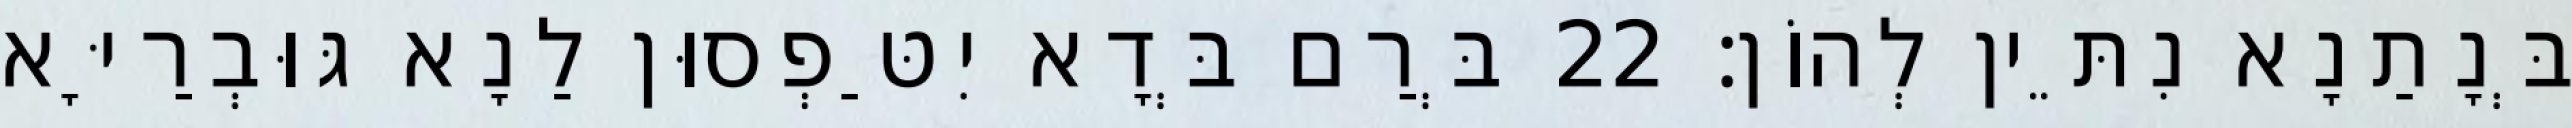
בְּנָתַנָא נִתֵּין לְהוֹן׃ 22 בְּרַם בְּדָא יִטַּפְסוּן לַנָא גּוּבְרַיָּא